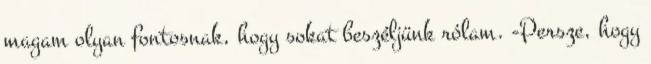
magam olyan fontosnak, hogy sokat beszéljünk rólam. -Persze, hogy